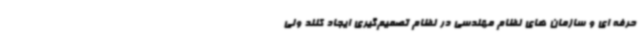
حرفه ای و سازمان های نظام مهندسی در نظام تصمیم‌گیری ایجاد کنند ولی